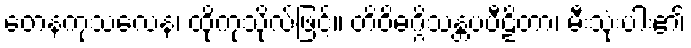
တေနကုသလေန၊ ထိုကုသိုလ်ဖြင့်။ တိဝိဓဂ္ဂိသန္တပပီဠိတာ၊ မီးသုံးပါး၏